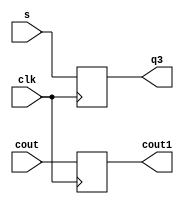
module dff1 (s,cout,clk,q3,cout1);
   input s,clk,cout;
   output q3,cout1;
   wire clk;
   reg q3,cout1;
     	 
   always @ (posedge clk)
   begin
    q3 <= s;
    cout1 <= cout;
   
 end

endmodule